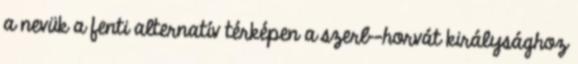
a nevük a fenti alternatív térképen a szerb-horvát királysághoz